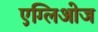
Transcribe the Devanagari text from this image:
एग्लिओज